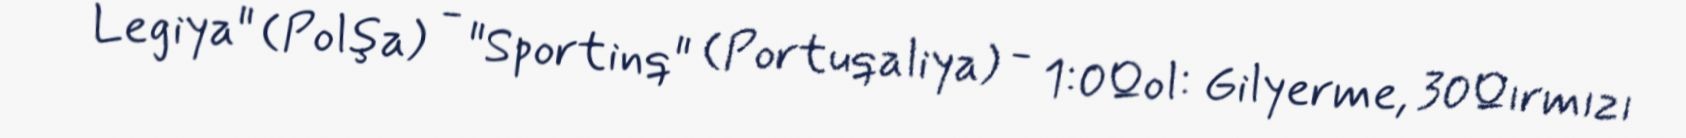
Legiya" (Polşa) - "Sportinq" (Portuqaliya) - 1:0Qol: Gilyerme, 30Qırmızı